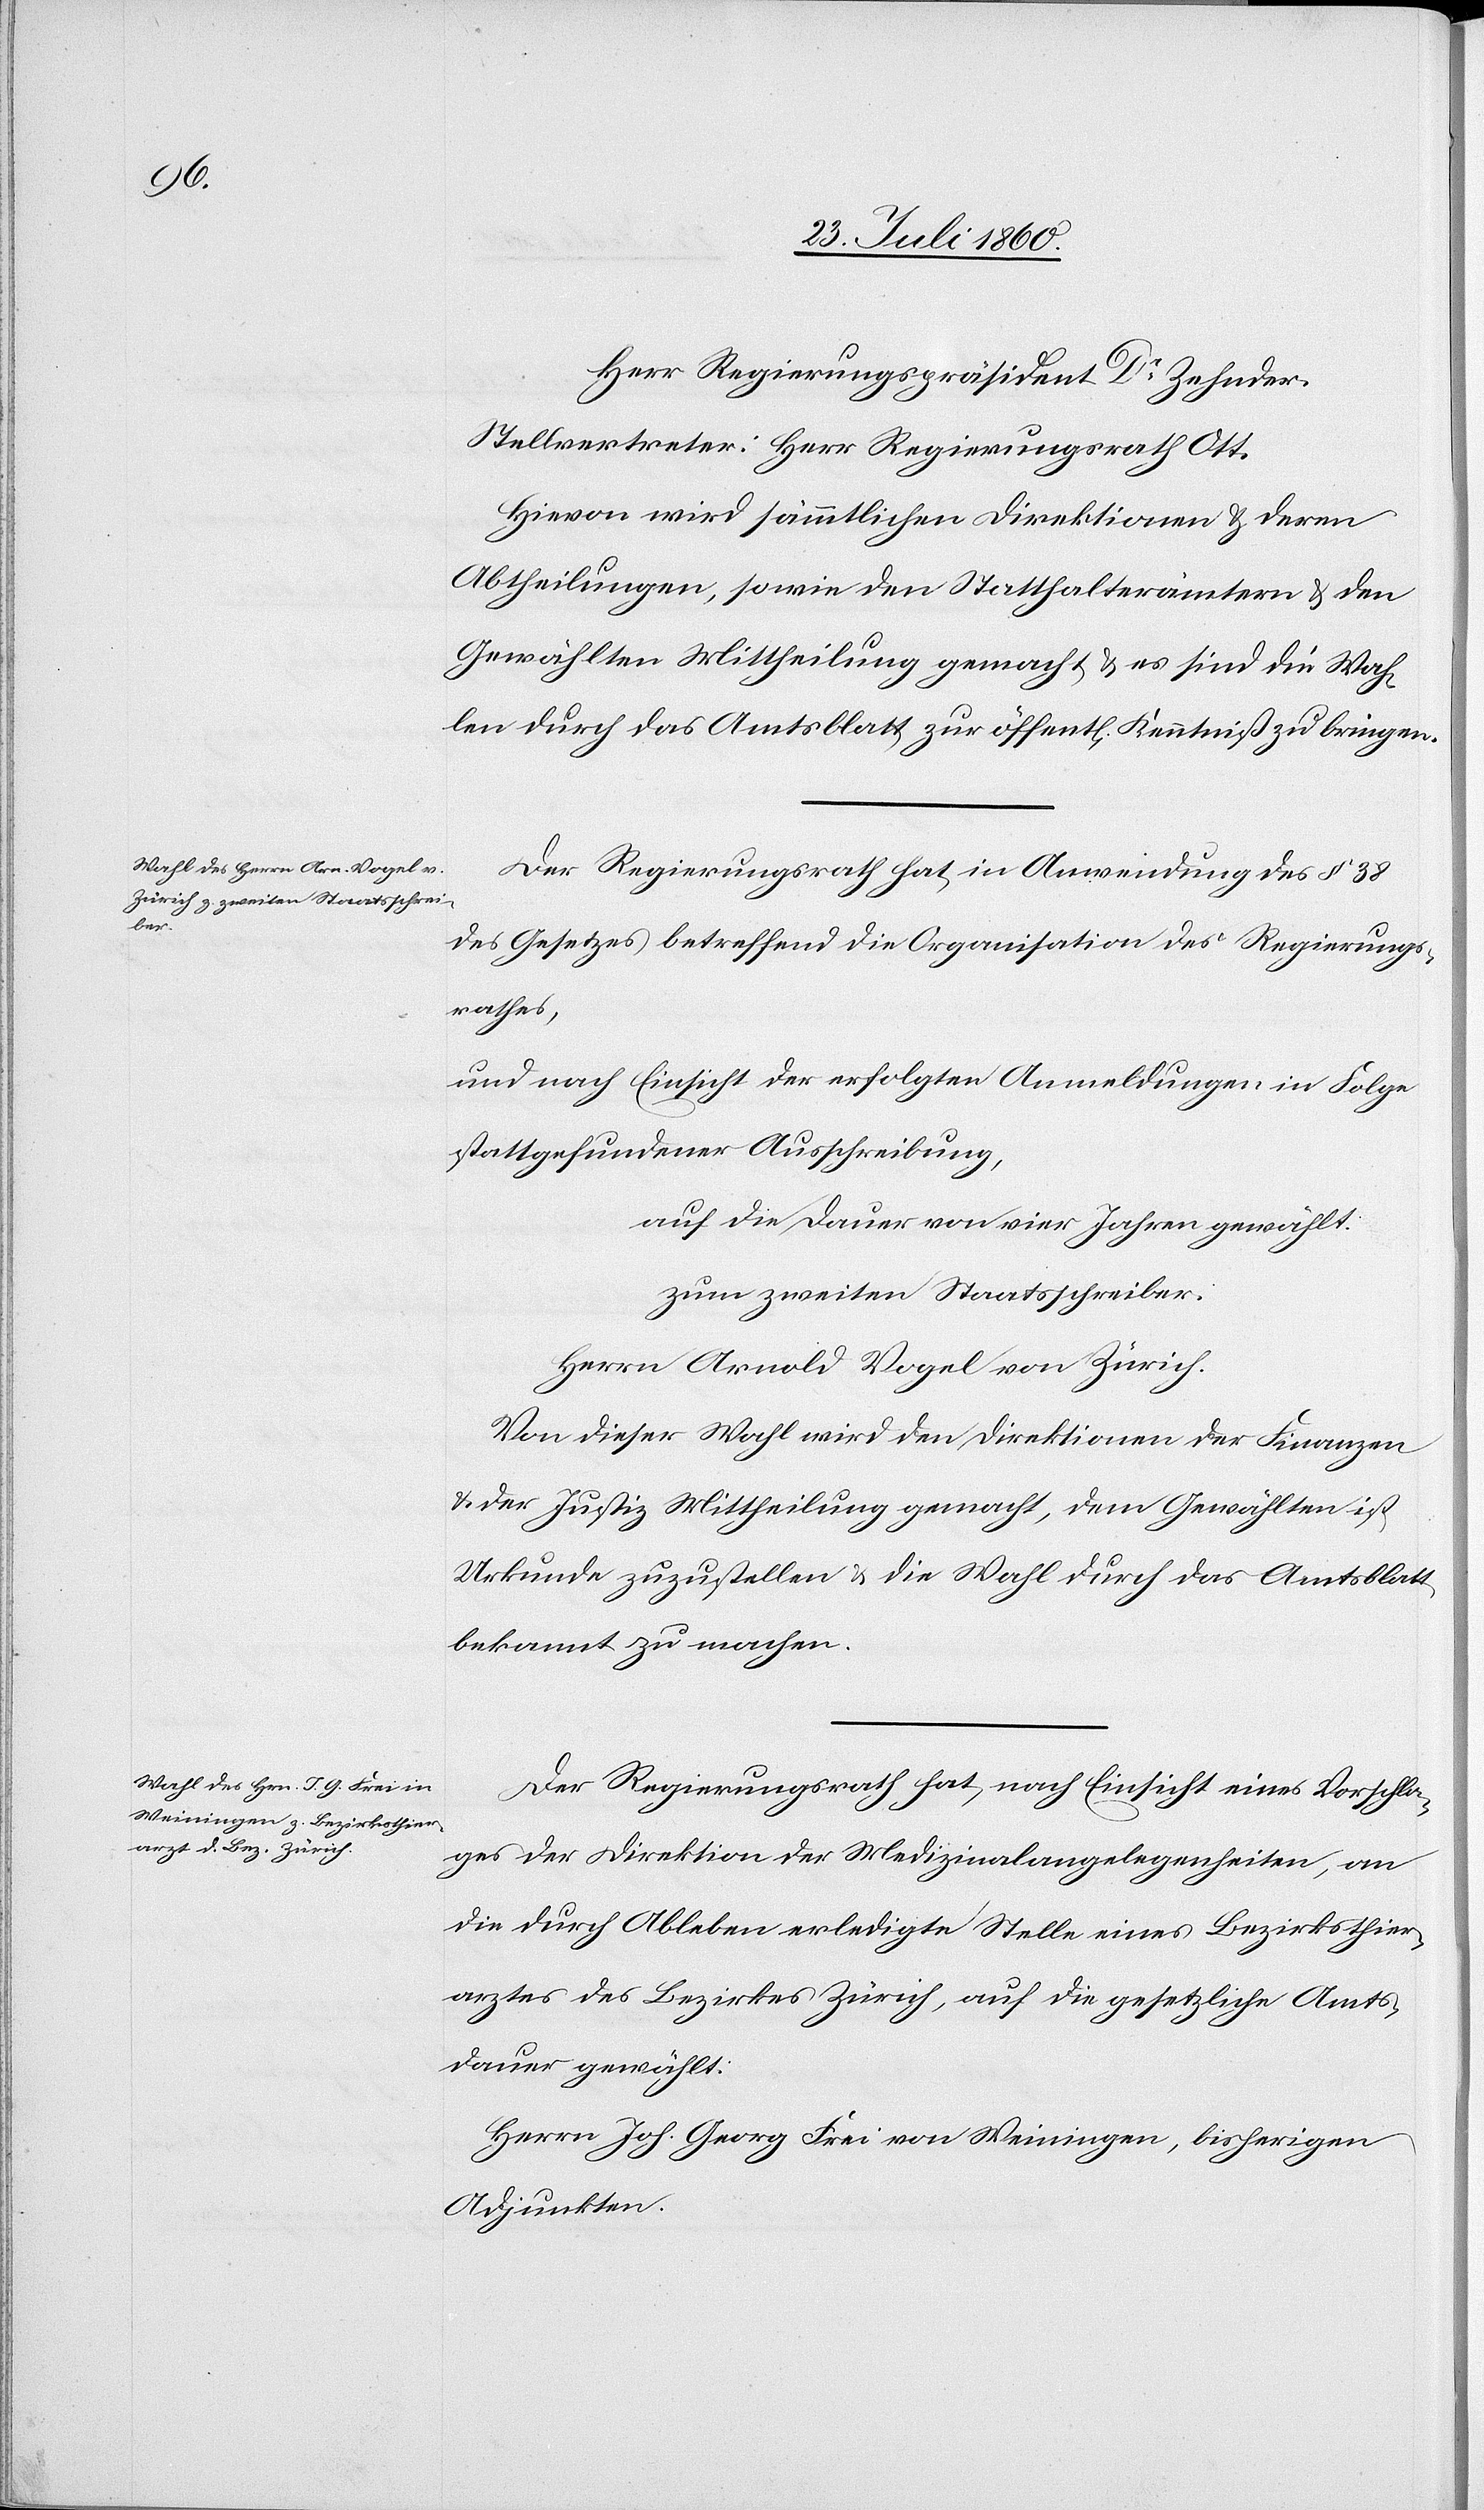
Stellvertreter: Herr Regierungsrath Ott.
Hievon wird sämmtlichen Direktionen u. deren
Abtheilungen, sowie den Statthalterämtern Mittheilung
Der Regierungsrath hat in Anwendung des §. 38.
des Gesetzes betreffend die Organisation des Regierungs¬
rathes,
und nach Einsicht der erfolgten Anmeldungen in Folge
stattgefundener Ausschreibung
auf die Dauer von vier Jahren gewählt:
zum zweiten Staatsschreiber:
Herrn Arnold Vogel von Zürich.
Von dieser Wahl wird den Direktionen der Finanzen
u. der Justiz Mittheilung gemacht, dem Gewählten ist
Urkunde zuzustellen u. die Wahl durch das Amtsblatt
bekannt zu machen.
Der Regierungsrath hat, nach Einsicht eines Vorschla¬
ges der Direktion der Medizinalangelegenheiten, an
die durch Ableben erledigte Stelle eines Bezirksthier¬
arztes des Bezirkes Zürich auf die gesetzliche Amts¬
dauer gewählt:
Herrn Joh. Georg Frei von Weiningen, bisherigen
Adjunkten.